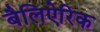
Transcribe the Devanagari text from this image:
बैलिऐरिक